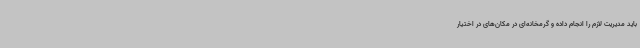
باید مدیریت لازم را انجام داده و گرمخانه‌ای در مکان‌های در اختیار